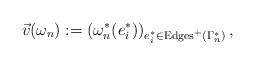
LaTeX: \begin{align*}\vec v(\omega_n) := (\omega^*_n(e_i^*))_{e_i^* \in {\rm Edges}^+(\Gamma^*_n)}\, ,\end{align*}